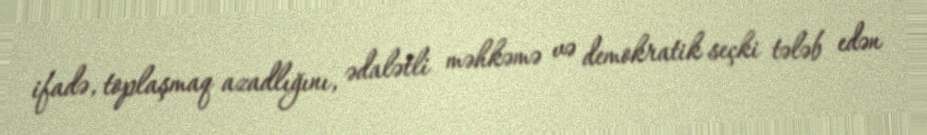
ifadə, toplaşmaq azadlığını, ədalətli məhkəmə və demokratik seçki tələb edən